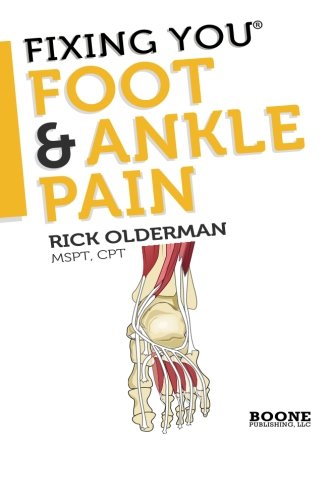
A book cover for Fixing You: Foot & Ankle Pain: Self-treatment for foot and ankle pain, heel spurs, plantar fasciitis, assessing shoe inserts and other diagnoses (Volume 1); Rick Olderman MSPT; Medical Books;